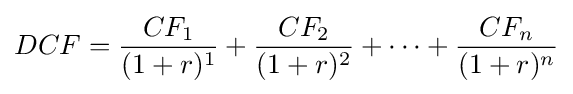
DCF={\frac {CF_{1}}{(1+r)^{1}}}+{\frac {CF_{2}}{(1+r)^{2}}}+\dotsb +{\frac {CF_{n}}{(1+r)^{n}}}